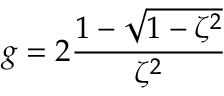
g = 2 \frac { 1 - \sqrt { 1 - \zeta ^ { 2 } } } { \zeta ^ { 2 } }